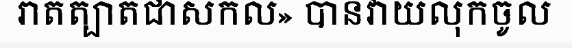
រាតត្បាតជាសកល» បានវាយលុកចូល